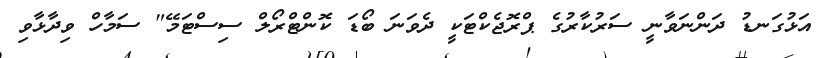
އަޅުގަނޑު ދަންނަވާނީ ސަރުކާރުގެ ޕްރޮޖެކްޓަކީ ދެވަނަ ބޯޑަ ކޮންޓްރޯލް ސިސްޓަމޭ" ސަމާހް ވިދާޅާވި